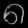
Digit: ၈